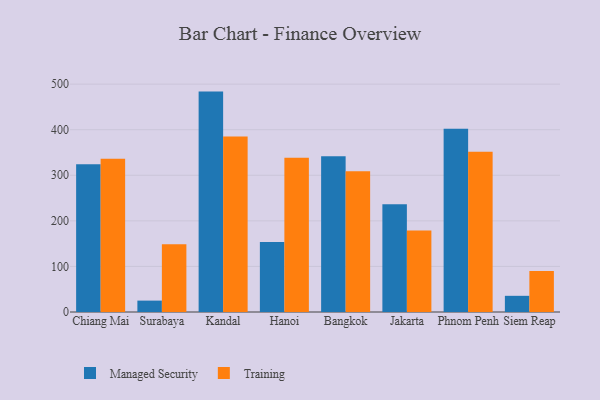
{"axis": {"x": "City", "y": "Bounce Rate (%)"}, "legend": ["Managed Security", "Training"], "data": [{"x": "Chiang Mai", "y": 324.3, "type": "Managed Security"}, {"x": "Chiang Mai", "y": 336.3, "type": "Training"}, {"x": "Surabaya", "y": 25.0, "type": "Managed Security"}, {"x": "Surabaya", "y": 148.7, "type": "Training"}, {"x": "Kandal", "y": 483.6, "type": "Managed Security"}, {"x": "Kandal", "y": 384.9, "type": "Training"}, {"x": "Hanoi", "y": 153.8, "type": "Managed Security"}, {"x": "Hanoi", "y": 338.7, "type": "Training"}, {"x": "Bangkok", "y": 341.5, "type": "Managed Security"}, {"x": "Bangkok", "y": 308.7, "type": "Training"}, {"x": "Jakarta", "y": 236.2, "type": "Managed Security"}, {"x": "Jakarta", "y": 178.9, "type": "Training"}, {"x": "Phnom Penh", "y": 401.9, "type": "Managed Security"}, {"x": "Phnom Penh", "y": 351.7, "type": "Training"}, {"x": "Siem Reap", "y": 35.5, "type": "Managed Security"}, {"x": "Siem Reap", "y": 90.0, "type": "Training"}]}